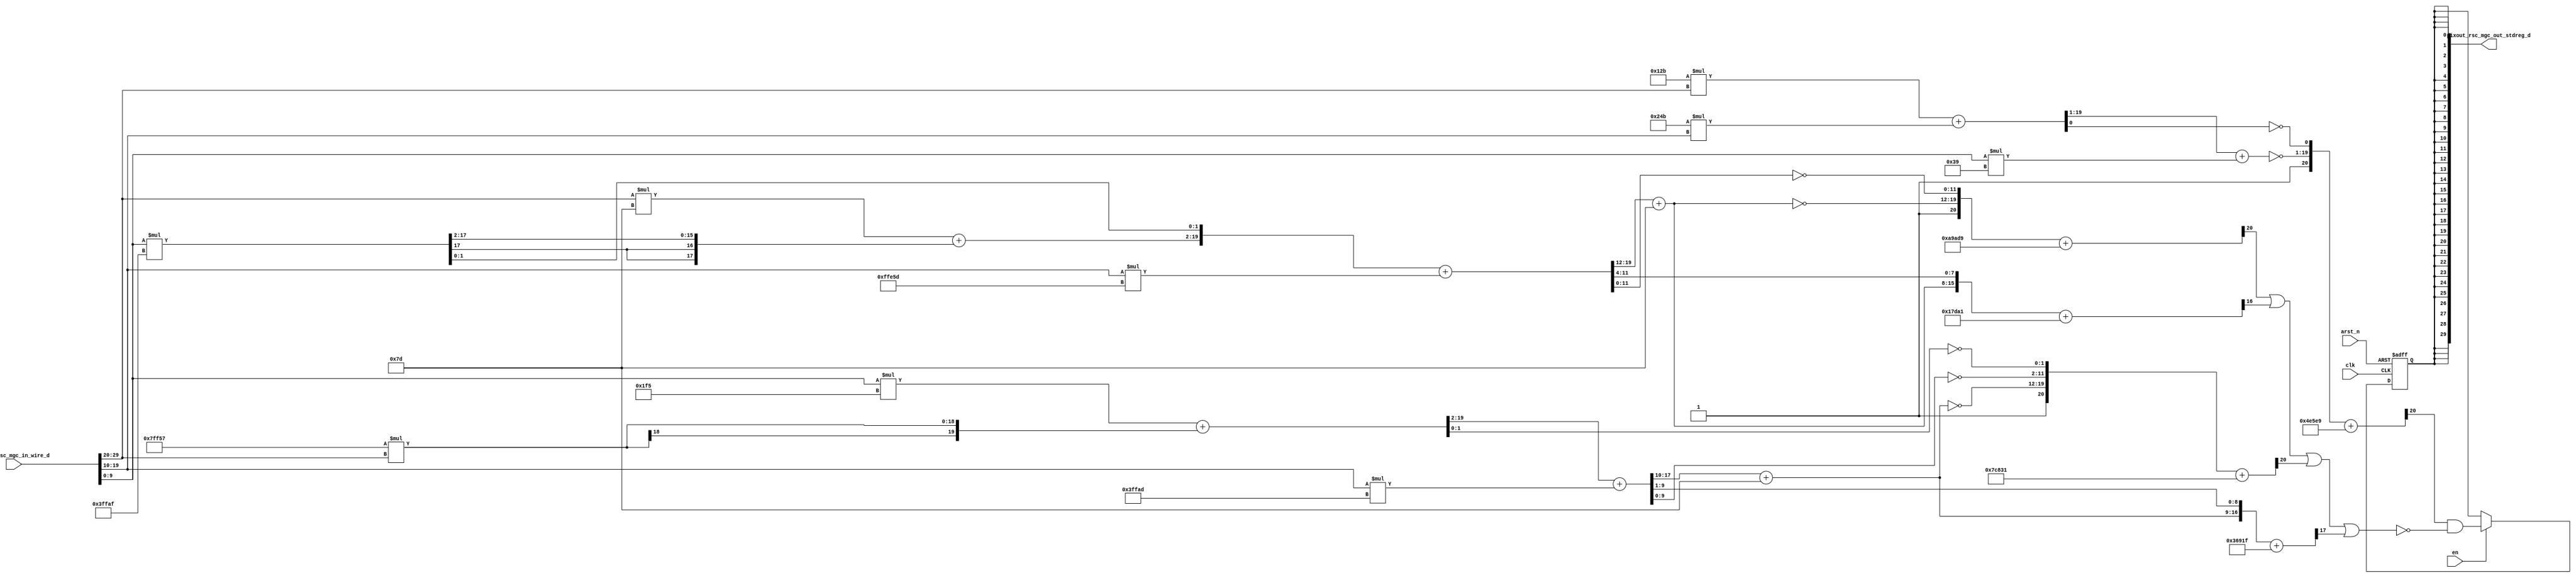
module detect_skin_core (
  clk, en, arst_n, pixin_rsc_mgc_in_wire_d, pixout_rsc_mgc_out_stdreg_d
);
  input clk;
  input en;
  input arst_n;
  input [29:0] pixin_rsc_mgc_in_wire_d;
  output [29:0] pixout_rsc_mgc_out_stdreg_d;


  // Interconnect Declarations
  wire [7:0] Cr_sg1_sva_1;
  wire [8:0] nl_Cr_sg1_sva_1;
  wire [7:0] Cb_sg1_sva_1;
  wire [8:0] nl_Cb_sg1_sva_1;
  wire [19:0] acc_sdt_2_sva;
  wire [20:0] nl_acc_sdt_2_sva;
  wire [17:0] acc_11_psp;
  wire [18:0] nl_acc_11_psp;
  wire [19:0] acc_9_sdt;
  wire [20:0] nl_acc_9_sdt;
  reg reg_pixout_rsc_mgc_out_stdreg_d_reg;
  wire [19:0] acc_sdt_sva;
  wire [20:0] nl_acc_sdt_sva;
  wire [17:0] mul_12_sdt;
  wire [35:0] nl_mul_12_sdt;


  // Interconnect Declarations for Component Instantiations 
  assign pixout_rsc_mgc_out_stdreg_d = {{29{reg_pixout_rsc_mgc_out_stdreg_d_reg}},
      reg_pixout_rsc_mgc_out_stdreg_d_reg};
  assign nl_acc_sdt_sva = conv_u2u_19_20(conv_u2u_38_19(19'b100101011 * conv_u2u_10_19(pixin_rsc_mgc_in_wire_d[29:20])))
      + conv_s2u_40_20(20'b1001001011 * conv_u2u_10_20(pixin_rsc_mgc_in_wire_d[19:10]));
  assign acc_sdt_sva = nl_acc_sdt_sva[19:0];
  assign nl_Cr_sg1_sva_1 = (acc_sdt_2_sva[19:12]) + 8'b1111101;
  assign Cr_sg1_sva_1 = nl_Cr_sg1_sva_1[7:0];
  assign nl_acc_sdt_2_sva = ({(conv_u2u_17_18(conv_u2u_34_17(conv_u2u_10_17(pixin_rsc_mgc_in_wire_d[29:20])
      * 17'b1111101)) + conv_s2u_16_18(mul_12_sdt[17:2])) , (mul_12_sdt[1:0])}) +
      conv_u2u_40_20(conv_u2s_10_20(pixin_rsc_mgc_in_wire_d[19:10]) * 20'b11111111111001011101);
  assign acc_sdt_2_sva = nl_acc_sdt_2_sva[19:0];
  assign nl_Cb_sg1_sva_1 = (acc_11_psp[17:10]) + 8'b1111101;
  assign Cb_sg1_sva_1 = nl_Cb_sg1_sva_1[7:0];
  assign nl_acc_11_psp = (acc_9_sdt[19:2]) + conv_u2u_36_18(conv_u2s_10_18(pixin_rsc_mgc_in_wire_d[19:10])
      * 18'b111111111110101101);
  assign acc_11_psp = nl_acc_11_psp[17:0];
  assign nl_acc_9_sdt = conv_u2u_19_20(conv_u2u_38_19(conv_u2u_10_19(pixin_rsc_mgc_in_wire_d[9:0])
      * 19'b111110101)) + conv_s2u_19_20(conv_s2u_38_19(19'b1111111111101010111 *
      conv_u2s_10_19(pixin_rsc_mgc_in_wire_d[29:20])));
  assign acc_9_sdt = nl_acc_9_sdt[19:0];
  assign nl_mul_12_sdt = conv_u2s_10_18(pixin_rsc_mgc_in_wire_d[9:0]) * 18'b111111111110101111;
  assign mul_12_sdt = nl_mul_12_sdt[17:0];
  always @(posedge clk or negedge arst_n) begin
    if ( ~ arst_n ) begin
      reg_pixout_rsc_mgc_out_stdreg_d_reg <= 1'b0;
    end
    else begin
      if ( en ) begin
        reg_pixout_rsc_mgc_out_stdreg_d_reg <= (readslicef_21_1_20((({1'b1 , (~ ((acc_sdt_sva[19:1])
            + conv_u2u_16_19(conv_u2u_32_16(conv_u2u_10_16(pixin_rsc_mgc_in_wire_d[9:0])
            * 16'b111001)))) , (~ (acc_sdt_sva[0]))}) + 21'b1001110010111101001)))
            & (~((readslicef_21_1_20((({1'b1 , (~ Cr_sg1_sva_1) , (~ (acc_sdt_2_sva[11:0]))})
            + 21'b10101001101011011001))) | (readslicef_17_1_16((conv_u2u_16_17({Cr_sg1_sva_1
            , (acc_sdt_2_sva[11:4])}) + 17'b10111110110100001))) | (readslicef_21_1_20((({1'b1
            , (~ Cb_sg1_sva_1) , (~ (acc_11_psp[9:0])) , (~ (acc_9_sdt[1:0]))}) +
            21'b1111100100000110001))) | (readslicef_18_1_17((conv_u2u_17_18({Cb_sg1_sva_1
            , (acc_11_psp[9:1])}) + 18'b110110100100011111)))));
      end
    end
  end

  function [0:0] readslicef_21_1_20;
    input [20:0] vector;
    reg [20:0] tmp;
  begin
    tmp = vector >> 20;
    readslicef_21_1_20 = tmp[0:0];
  end
  endfunction


  function [0:0] readslicef_17_1_16;
    input [16:0] vector;
    reg [16:0] tmp;
  begin
    tmp = vector >> 16;
    readslicef_17_1_16 = tmp[0:0];
  end
  endfunction


  function [0:0] readslicef_18_1_17;
    input [17:0] vector;
    reg [17:0] tmp;
  begin
    tmp = vector >> 17;
    readslicef_18_1_17 = tmp[0:0];
  end
  endfunction


  function  [19:0] conv_u2u_19_20 ;
    input [18:0]  vector ;
  begin
    conv_u2u_19_20 = {1'b0, vector};
  end
  endfunction


  function  [18:0] conv_u2u_38_19 ;
    input [37:0]  vector ;
  begin
    conv_u2u_38_19 = vector[18:0];
  end
  endfunction


  function  [18:0] conv_u2u_10_19 ;
    input [9:0]  vector ;
  begin
    conv_u2u_10_19 = {{9{1'b0}}, vector};
  end
  endfunction


  function  [19:0] conv_s2u_40_20 ;
    input signed [39:0]  vector ;
  begin
    conv_s2u_40_20 = vector[19:0];
  end
  endfunction


  function  [19:0] conv_u2u_10_20 ;
    input [9:0]  vector ;
  begin
    conv_u2u_10_20 = {{10{1'b0}}, vector};
  end
  endfunction


  function  [17:0] conv_u2u_17_18 ;
    input [16:0]  vector ;
  begin
    conv_u2u_17_18 = {1'b0, vector};
  end
  endfunction


  function  [16:0] conv_u2u_34_17 ;
    input [33:0]  vector ;
  begin
    conv_u2u_34_17 = vector[16:0];
  end
  endfunction


  function  [16:0] conv_u2u_10_17 ;
    input [9:0]  vector ;
  begin
    conv_u2u_10_17 = {{7{1'b0}}, vector};
  end
  endfunction


  function  [17:0] conv_s2u_16_18 ;
    input signed [15:0]  vector ;
  begin
    conv_s2u_16_18 = {{2{vector[15]}}, vector};
  end
  endfunction


  function  [19:0] conv_u2u_40_20 ;
    input [39:0]  vector ;
  begin
    conv_u2u_40_20 = vector[19:0];
  end
  endfunction


  function signed [19:0] conv_u2s_10_20 ;
    input [9:0]  vector ;
  begin
    conv_u2s_10_20 = {{10{1'b0}}, vector};
  end
  endfunction


  function  [17:0] conv_u2u_36_18 ;
    input [35:0]  vector ;
  begin
    conv_u2u_36_18 = vector[17:0];
  end
  endfunction


  function signed [17:0] conv_u2s_10_18 ;
    input [9:0]  vector ;
  begin
    conv_u2s_10_18 = {{8{1'b0}}, vector};
  end
  endfunction


  function  [19:0] conv_s2u_19_20 ;
    input signed [18:0]  vector ;
  begin
    conv_s2u_19_20 = {vector[18], vector};
  end
  endfunction


  function  [18:0] conv_s2u_38_19 ;
    input signed [37:0]  vector ;
  begin
    conv_s2u_38_19 = vector[18:0];
  end
  endfunction


  function signed [18:0] conv_u2s_10_19 ;
    input [9:0]  vector ;
  begin
    conv_u2s_10_19 = {{9{1'b0}}, vector};
  end
  endfunction


  function  [18:0] conv_u2u_16_19 ;
    input [15:0]  vector ;
  begin
    conv_u2u_16_19 = {{3{1'b0}}, vector};
  end
  endfunction


  function  [15:0] conv_u2u_32_16 ;
    input [31:0]  vector ;
  begin
    conv_u2u_32_16 = vector[15:0];
  end
  endfunction


  function  [15:0] conv_u2u_10_16 ;
    input [9:0]  vector ;
  begin
    conv_u2u_10_16 = {{6{1'b0}}, vector};
  end
  endfunction


  function  [16:0] conv_u2u_16_17 ;
    input [15:0]  vector ;
  begin
    conv_u2u_16_17 = {1'b0, vector};
  end
  endfunction

endmodule
module detect_skin (
  pixin_rsc_z, pixout_rsc_z, clk, en, arst_n
);
  input [29:0] pixin_rsc_z;
  output [29:0] pixout_rsc_z;
  input clk;
  input en;
  input arst_n;


  // Interconnect Declarations
  wire [29:0] pixin_rsc_mgc_in_wire_d;
  wire [29:0] pixout_rsc_mgc_out_stdreg_d;


  // Interconnect Declarations for Component Instantiations 
  mgc_in_wire #(.rscid(1),
  .width(30)) pixin_rsc_mgc_in_wire (
      .d(pixin_rsc_mgc_in_wire_d),
      .z(pixin_rsc_z)
    );
  mgc_out_stdreg #(.rscid(2),
  .width(30)) pixout_rsc_mgc_out_stdreg (
      .d(pixout_rsc_mgc_out_stdreg_d),
      .z(pixout_rsc_z)
    );
  detect_skin_core detect_skin_core_inst (
      .clk(clk),
      .en(en),
      .arst_n(arst_n),
      .pixin_rsc_mgc_in_wire_d(pixin_rsc_mgc_in_wire_d),
      .pixout_rsc_mgc_out_stdreg_d(pixout_rsc_mgc_out_stdreg_d)
    );
endmodule